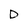
Character: D